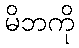
မိဘကို